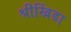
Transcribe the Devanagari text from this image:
श्रीखिंडा